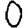
Digit: 0